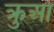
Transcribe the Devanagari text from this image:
क्रुआ